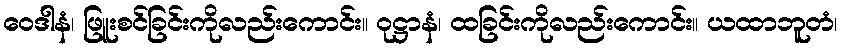
ဝေဒါနံ၊ ဖြူးစင်ခြင်းကိုလည်းကောင်း။ ဝုဋ္ဌာနံ၊ ထခြင်းကိုလည်းကောင်း။ ယထာဘူတံ၊